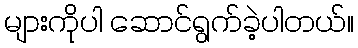
များကိုပါ ဆောင်ရွက်ခဲ့ပါတယ်။